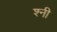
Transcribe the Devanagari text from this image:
श्नी